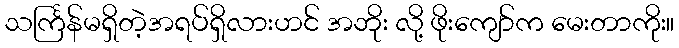
သင်္ကြန်မရှိတဲ့အရပ်ရှိလားဟင် အဘိုး လို့ ဖိုးကျော်က မေးတာကိုး။